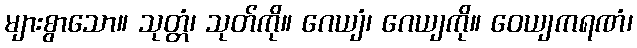
များစွာသော။ သုတ္တံ၊ သုတ်ကို။ ဂေယျံ၊ ဂေယျကို။ ဝေယျကရဏံ၊